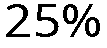
25%